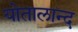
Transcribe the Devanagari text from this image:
योतालान्द